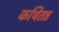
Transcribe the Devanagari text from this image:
कथितन्न